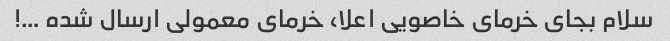
سلام بجای خرمای خاصویی اعلا، خرمای معمولی ارسال شده …!